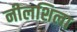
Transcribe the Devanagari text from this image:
नीलशिला